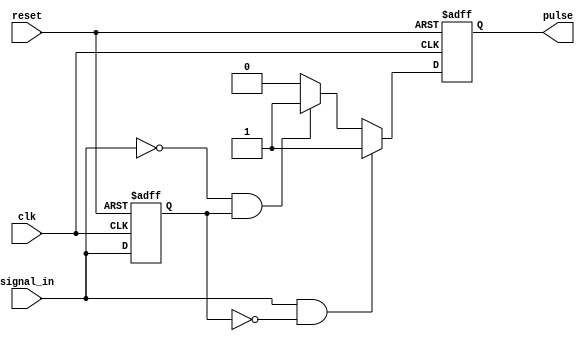
module pulse_edge_detector (
    input wire clk,           // Input clock signal
    input wire reset,         // Active high reset signal
    input wire signal_in,     // Input signal to detect edges
    output reg pulse          // Output pulse signal
);

    // State variable to store the previous state of the input signal
    reg signal_in_prev;

    // Edge detection logic
    always @(posedge clk or posedge reset) begin
        if (reset) begin
            signal_in_prev <= 1'b0; // Initialize previous input to 0 on reset
            pulse <= 1'b0;          // Initialize pulse to 0 on reset
        end else begin
            // Edge detection
            if (signal_in && !signal_in_prev) begin
                pulse <= 1'b1;       // Rising edge detected
            end else if (!signal_in && signal_in_prev) begin
                pulse <= 1'b1;       // Falling edge detected
            end else begin
                pulse <= 1'b0;       // No edge detected
            end

            // Update previous state
            signal_in_prev <= signal_in; 
        end
    end
endmodule